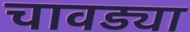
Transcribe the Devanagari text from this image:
चावड्या